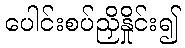
ပေါင်းစပ်ညှိနှိုင်း၍